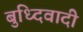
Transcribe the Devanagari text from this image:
बुध्दिवादी